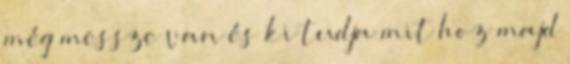
még messze van és ki tudja mit hoz majd